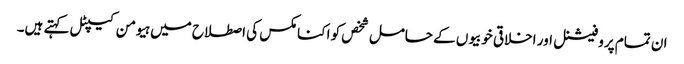
ان تمام پروفیشنل اور اخلاقی خوبیوں کے حامل شخص کو اکنامکس کی اصطلاح میں ہیومن کیپٹل کہتے ہیں۔